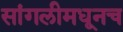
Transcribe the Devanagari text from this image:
सांगलीमधूनच